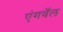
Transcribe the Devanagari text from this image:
एंगवॅल